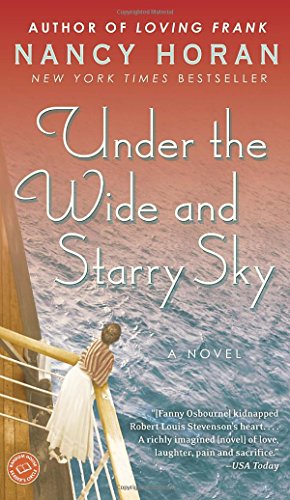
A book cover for Under the Wide and Starry Sky: A Novel; Nancy Horan; Literature & Fiction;